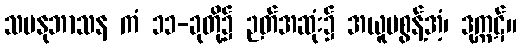
သမနုဘာသန ကံ ၁၁-ခုတို့၌ ဉတ်အဆုံး၌ အယူမစွန့်အံ့၊ ဒုက္ကဋ်။